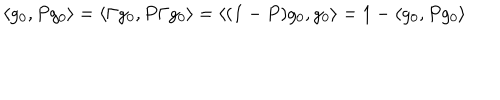
LaTeX: \langle g _ { 0 } , P g _ { 0 } \rangle = \langle \Gamma g _ { 0 } , P \Gamma g _ { 0 } \rangle = \langle ( { \bf 1 } - P ) g _ { 0 } , g _ { 0 } \rangle = 1 - \langle g _ { 0 } , P g _ { 0 } \rangle